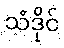
သံဒိုင်